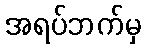
အရပ်ဘက်မှ